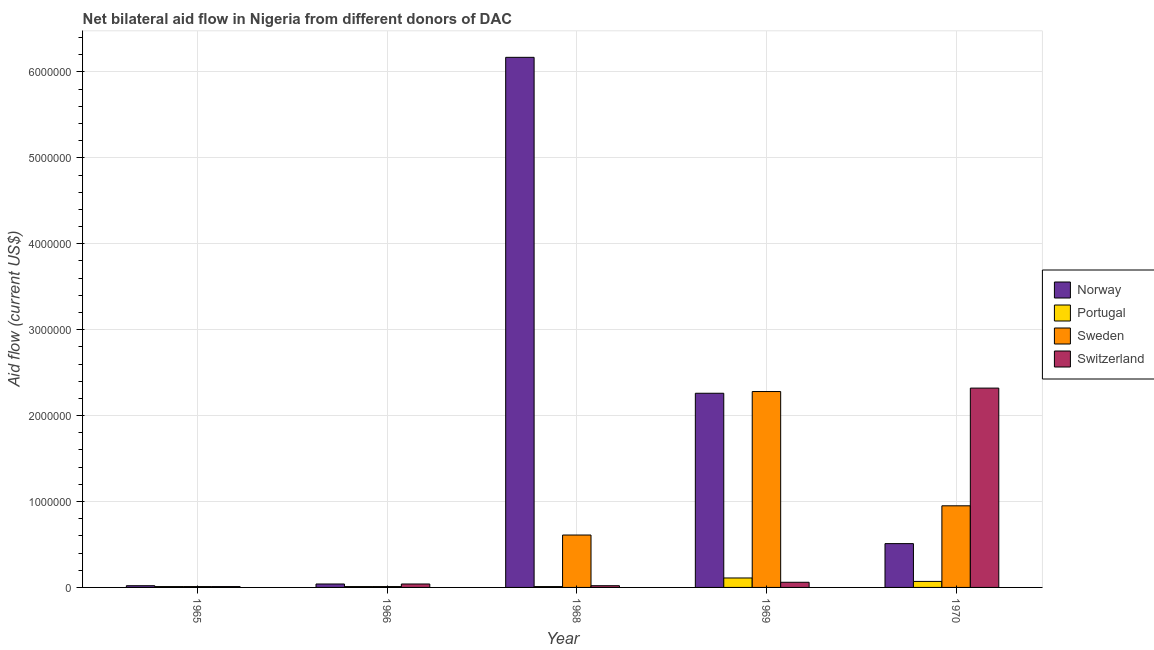
| Year | Norway | Portugal | Sweden | Switzerland |
 | --- | --- | --- | --- | --- |
 | 1965 | 2e+04 | 1e+04 | 1e+04 | 1e+04 |
 | 1966 | 4e+04 | 1e+04 | 1e+04 | 4e+04 |
 | 1968 | 6.17e+06 | 1e+04 | 6.1e+05 | 2e+04 |
 | 1969 | 2.26e+06 | 1.1e+05 | 2.28e+06 | 6e+04 |
 | 1970 | 5.1e+05 | 7e+04 | 9.5e+05 | 2.32e+06 |